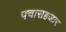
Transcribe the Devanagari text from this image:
पचासहजार